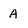
Character: A